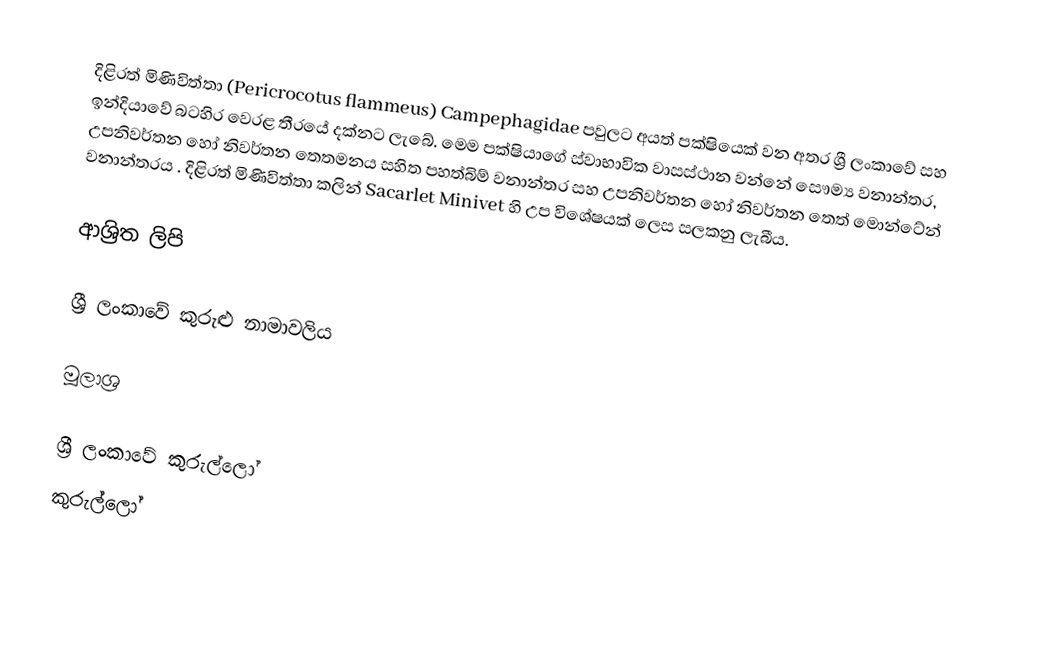
දිළිරත් මිණිවිත්තා (Pericrocotus flammeus) Campephagidae පවුලට අයත් පක්ෂියෙක් වන අතර  ශ්‍රී ලංකාවේ සහ ඉන්දියාවේ බටහිර වෙරළ තීරයේ දක්නට ලැබේ.  මෙම පක්ෂියාගේ ස්වාභාවික වාසස්ථාන වන්නේ සෞම්‍ය වනාන්තර, උපනිවර්තන හෝ නිවර්තන තෙතමනය සහිත පහත්බිම් වනාන්තර සහ උපනිවර්තන හෝ නිවර්තන තෙත් මොන්ටේන් වනාන්තරය . දිළිරත් මිණිවිත්තා කලින් Sacarlet Minivet හි උප විශේෂයක් ලෙස සලකනු ලැබීය.

ආශ්‍රිත ලිපි

 ශ්‍රී ලංකාවේ කුරුළු නාමාවලිය

මූලාශ්‍ර

ශ්‍රී ලංකාවේ කුරුල්ලෝ
කුරුල්ලෝ